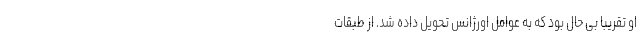
او تقریبا بی حال بود که به عوامل اورژانس تحویل داده شد. از طبقات